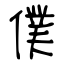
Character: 僕